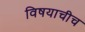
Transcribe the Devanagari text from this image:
विषयाचीच